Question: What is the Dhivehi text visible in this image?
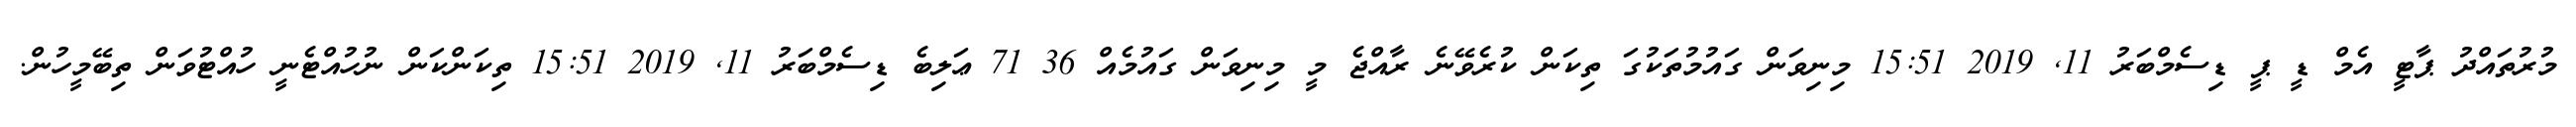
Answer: މުރުތައްދު ޕާޓީ އެމް ޑީ ޕީ ޑިސެމްބަރު 11, 2019 15:51 މިނިވަން ގައުމުތަކުގަ ތިކަން ކުރެވޭނެ ރާއްޖެ މީ މިނިވަން ގައުމެއް 36 71 ޢަލިބެ ޑިސެމްބަރު 11, 2019 15:51 ތިކަންކަން ނުހުއްޓެނީ ހުއްޓުވަން ތިބޭމީހުން.